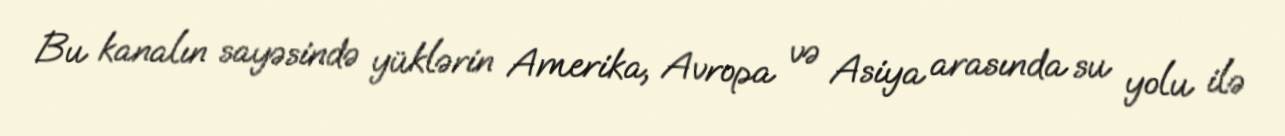
Bu kanalın sayəsində yüklərin Amerika, Avropa və Asiya arasında su yolu ilə